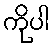
ကိုပါ